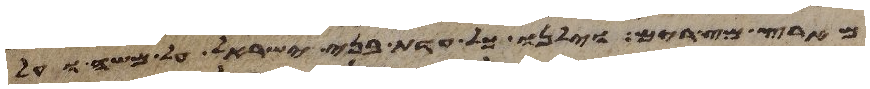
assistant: מארץ מצרים וילנו כל עדת בני ישראל על משה ועל